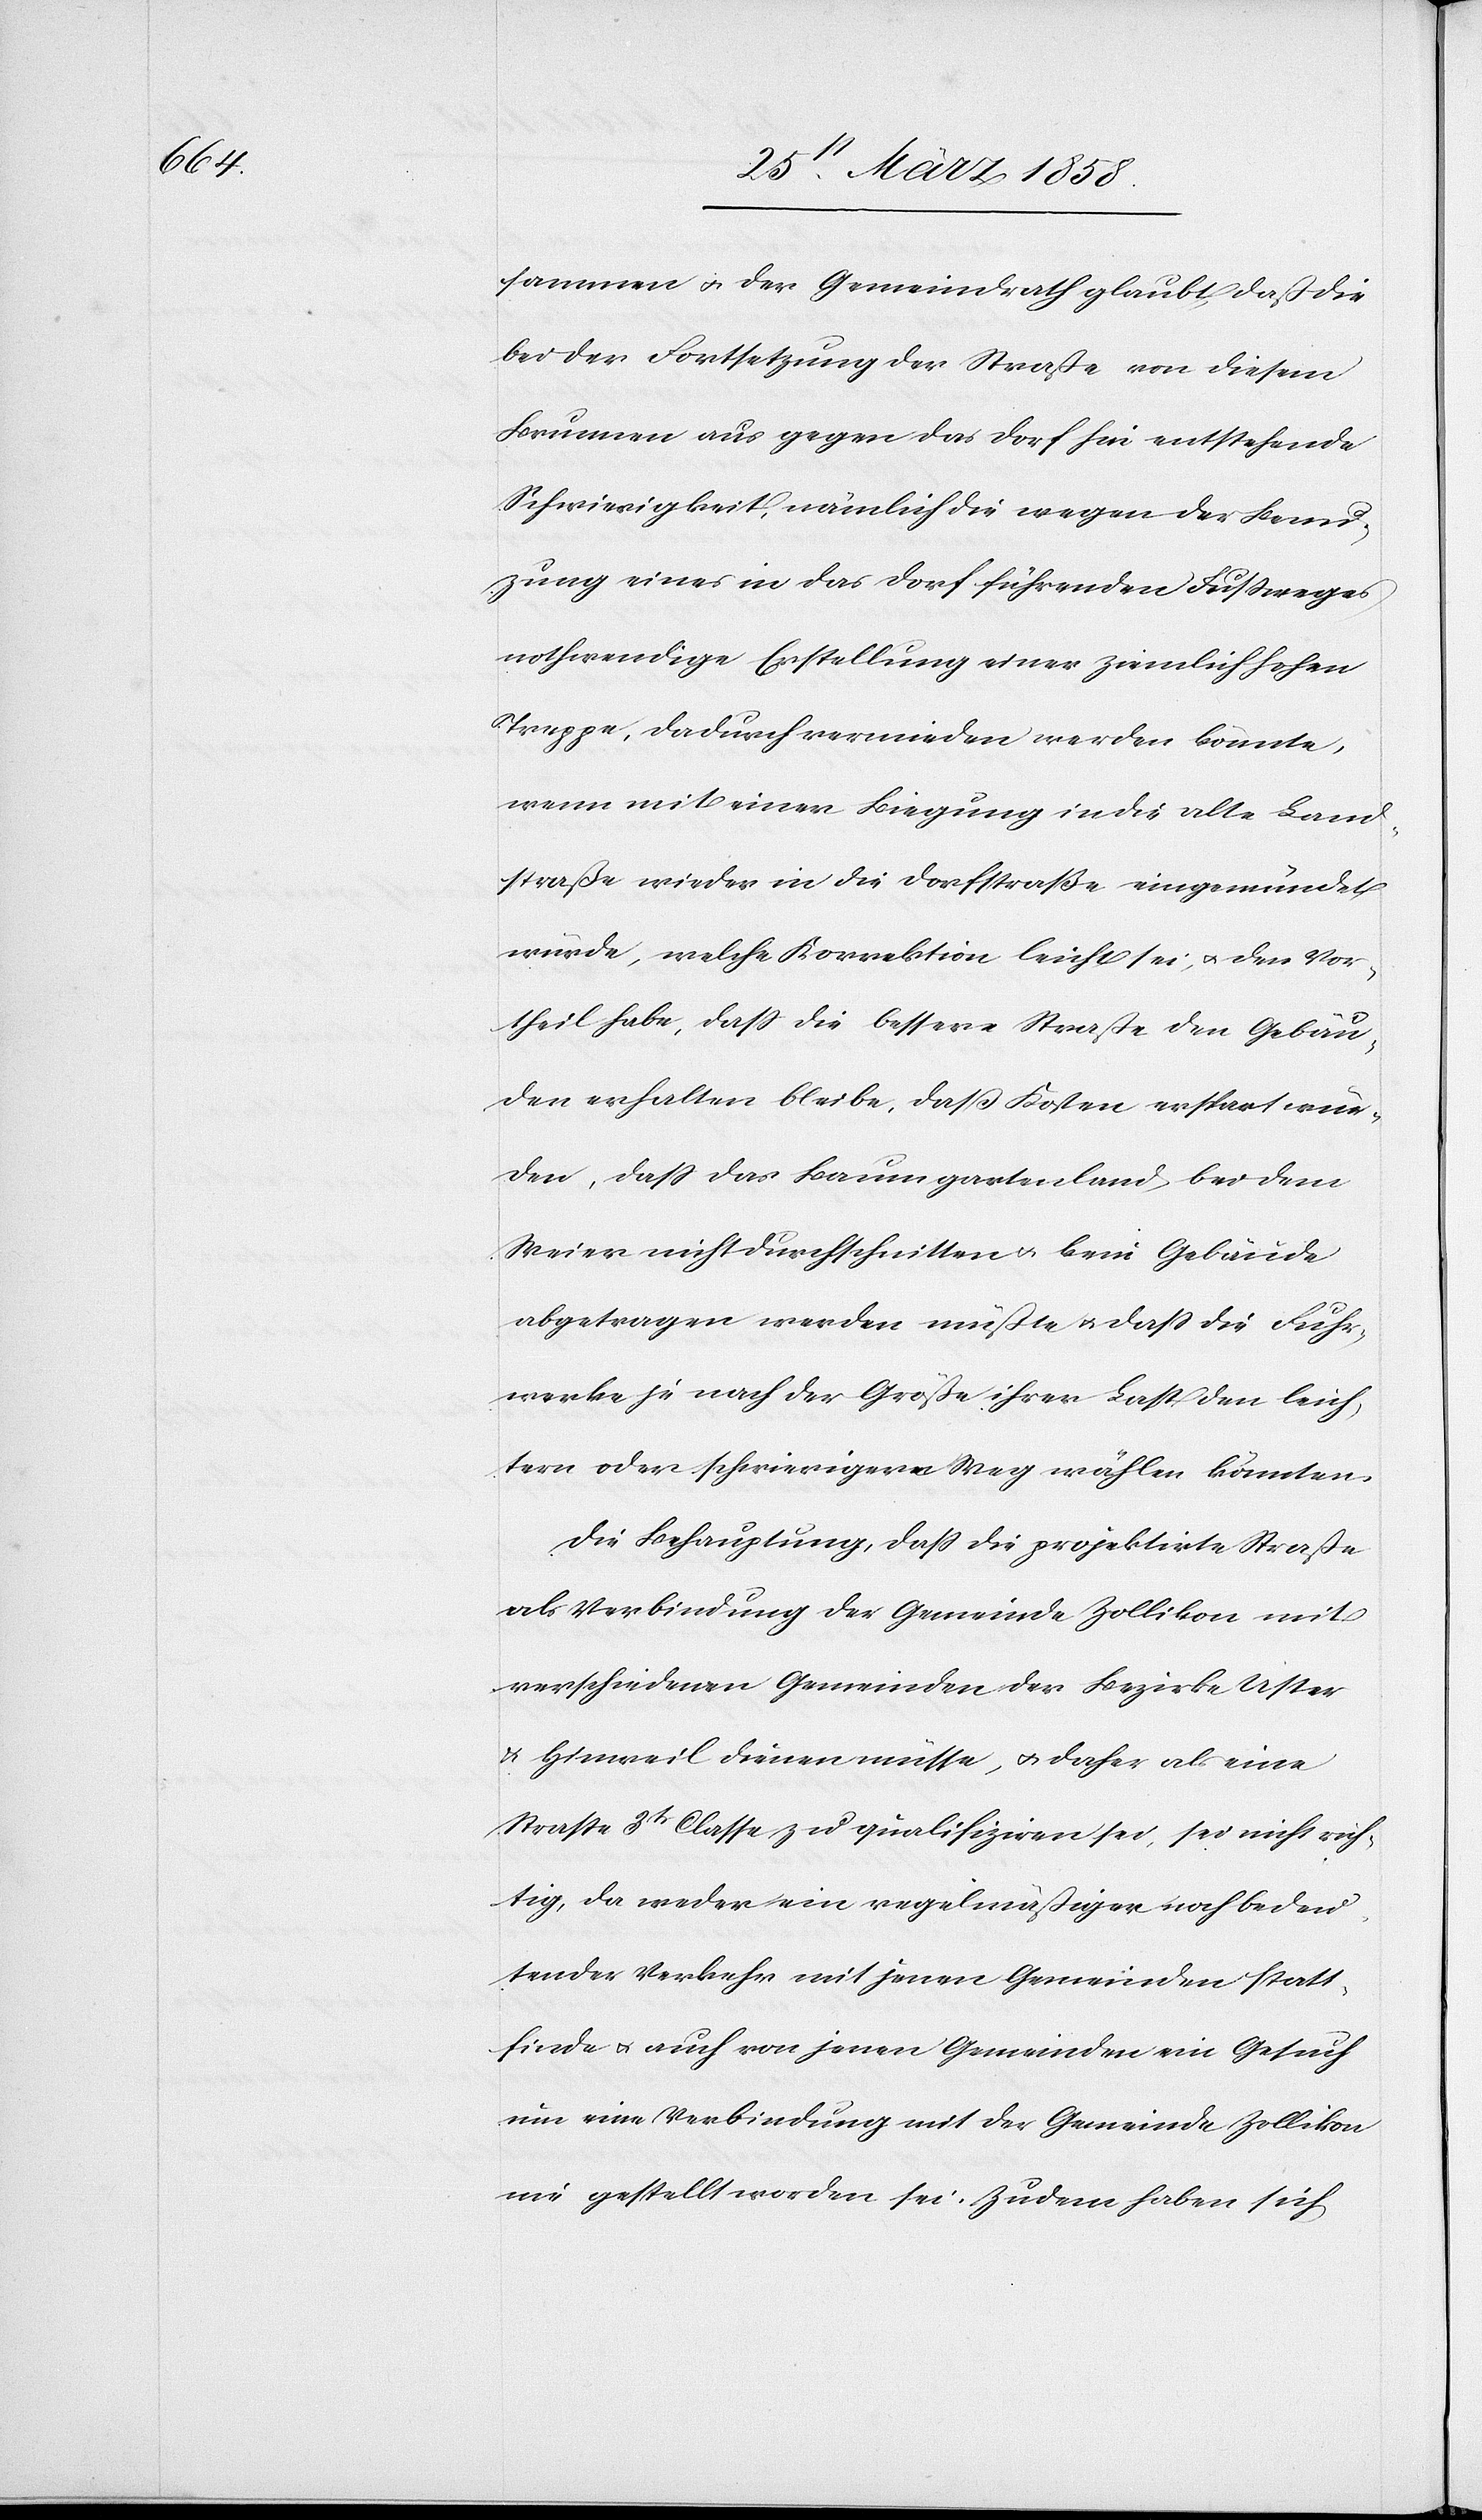
sammen u. der Gemeindrath glaubt, daß die
bei der Fortsetzung der Straße von diesem
Brunnen aus gegen das Dorf hin entstehende
Schwierigkeit, nämlich die wegen der Benu¬
zung eines in das Dorf führenden Fußweges
nothwendige Erstellung einer ziemlich hohen
Treppe, dadurch vermieden werden könnte,
wenn mit einer Biegung in die alte Land¬
straße wieder in die Dorfstraße eingemündet
würde, welche Korrektion leicht sei, u. den Vor¬
theil habe, daß die bessere Straße den Gebäu¬
den erhalten bleibe, daß Kosten erspart wür¬
den, daß das Baumgartenland, bei dem
Weier nicht durchschnitten u. beim Gebäude
abgetragen werden müßte u. daß die Fuhr¬
werke je nach der Größe ihrer Last den leich¬
tern oder schwierigern Weg wählen könnten.
Die Behauptung, daß die projektirte Straße
als Verbindung der Gemeinde Zollikon mit
verschiedenen Gemeinden der Bezirke Uster
u. Hinweil dienen müsse, u. daher als eine
Straße 3tr Classe zu qualifiziren sei, sei nicht rich¬
tig, da weder ein regelmäßiger noch bedeu¬
tender Verkehr mit jenen Gemeinden statt¬
finde u. auch von jenen Gemeinden ein Gesuch
um eine Verbindung mit der Gemeinde Zollikon
nie gestellt worden sei. Zudem haben sich